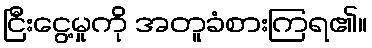
ငြီးငွေ့မှုကို အတူခံစားကြရ၏။